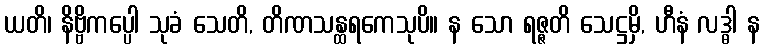
ယတိ၊ နိဗ္ဗိကပ္ပေါ သုခံ သေတိ, တိဏသန္ထရကေသုပိ။ န သော ရဇ္ဇတိ သေဋ္ဌမှိ, ဟီနံ လဒ္ဓါ န